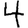
Digit: 4